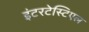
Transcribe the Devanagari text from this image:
इंटरटेस्टिएल